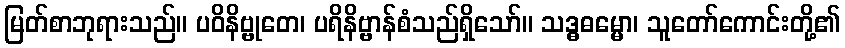
မြတ်စာဘုရားသည်။ ပဝိနိဗ္ဗုတေ၊ ပရိနိဗ္ဗာန်စံသည်ရှိသော်။ သဒ္ဓဓမ္မော၊ သူတော်ကောင်းတို့၏